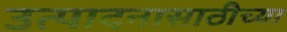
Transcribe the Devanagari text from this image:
उत्पादनासाठीच्या